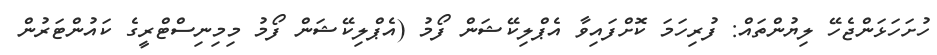
ހުށަހަޅަންޖެހޭ ލިޔުންތައް: ފުރިހަމަ ކޮށްފައިވާ އެޕްލިކޭޝަން ފޯމު (އެޕްލިކޭޝަން ފޯމު މިމިނިސްޓްރީގެ ކައުންޓަރުން